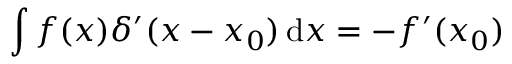
\int f ( x ) \delta ^ { \prime } ( x - x _ { 0 } ) \, \mathrm { d } x = - f ^ { \prime } ( x _ { 0 } )